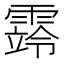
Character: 䨧